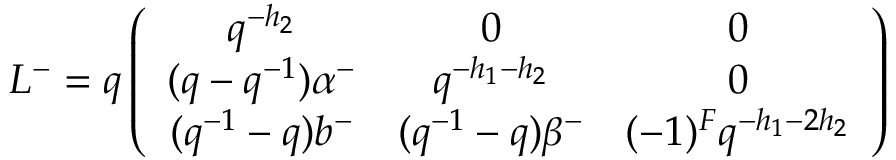
L ^ { - } = q \left( \begin{array} { c c c } { { q ^ { - h _ { 2 } } } } & { { 0 } } & { { 0 } } \\ { { ( q - q ^ { - 1 } ) \alpha ^ { - } } } & { { q ^ { - h _ { 1 } - h _ { 2 } } } } & { { 0 } } \\ { { ( q ^ { - 1 } - q ) b ^ { - } } } & { { ( q ^ { - 1 } - q ) \beta ^ { - } } } & { { ( - 1 ) ^ { F } q ^ { - h _ { 1 } - 2 h _ { 2 } } } } \end{array} \right)